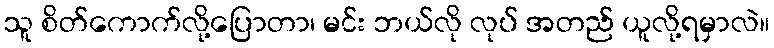
သူ စိတ်ကောက်လို့ပြောတာ၊ မင်း ဘယ်လို လုပ် အတည် ယူလို့ရမှာလဲ။